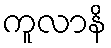
ကူလာနိ